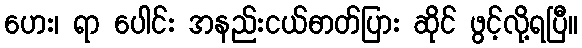
ဟေး၊ ရာ ပေါင်း အနည်းငယ်ဓာတ်ပြား ဆိုင် ဖွင့်လို့ရပြီ။